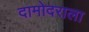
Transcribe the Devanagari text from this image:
दामोदराला